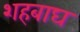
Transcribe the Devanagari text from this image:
शहबाघ